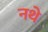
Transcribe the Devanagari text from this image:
नथे